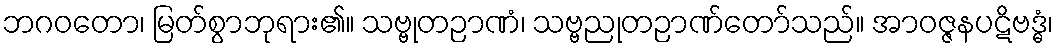
ဘဂဝတော၊ မြတ်စွာဘုရား၏။ သဗ္ဗုတဉာဏံ၊ သဗ္ဗညုတဉာဏ်တော်သည်။ အာဝဇ္ဇနပဋိဗဒ္ဓံ၊